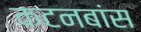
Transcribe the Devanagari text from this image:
कटनबांस